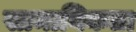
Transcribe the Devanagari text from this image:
सामायिकता